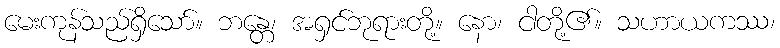
မေးကုန်သည်ရှိသော်။ ဘန္တေ၊ အရှင်ဘုရားတို့။ နော၊ ငါတို့၏။ သဟာယကဿ၊